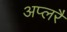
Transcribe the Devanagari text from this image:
अप्लरै